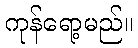
ကုန်ရော့မည်။